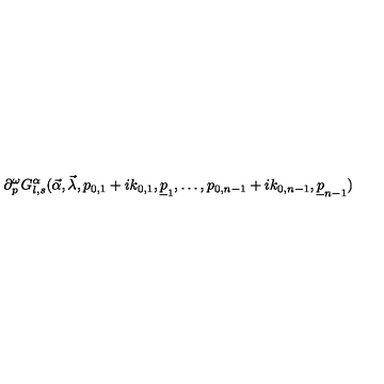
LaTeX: \partial _ { p } ^ { \omega } G _ { l , s } ^ { \alpha } ( \vec { \alpha } , \vec { \lambda } , p _ { 0 , 1 } + i k _ { 0 , 1 } , \underline { { p } } _ { 1 } , \ldots , p _ { 0 , n - 1 } + i k _ { 0 , n - 1 } , \underline { { p } } _ { n - 1 } )